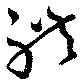
礼